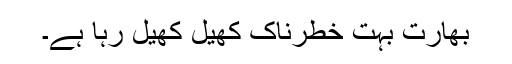
بھارت بہت خطرناک کھیل کھیل رہا ہے۔